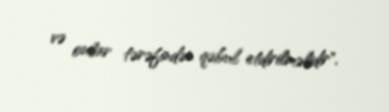
və onlar tərəfindən qəbul etdirilməlidir".